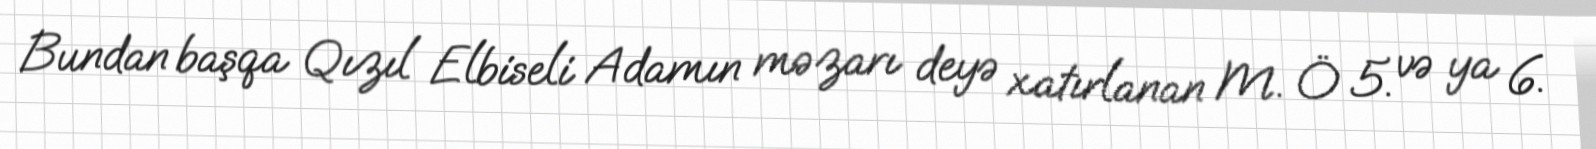
Bundan başqa Qızıl Elbiseli Adamın məzarı deyə xatırlanan M. Ö 5. və ya 6.